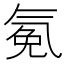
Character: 𰛂